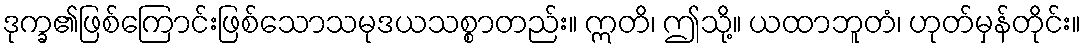
ဒုက္ခ၏ဖြစ်ကြောင်းဖြစ်သောသမုဒယသစ္စာတည်း။ ဣတိ၊ ဤသို့။ ယထာဘူတံ၊ ဟုတ်မှန်တိုင်း။